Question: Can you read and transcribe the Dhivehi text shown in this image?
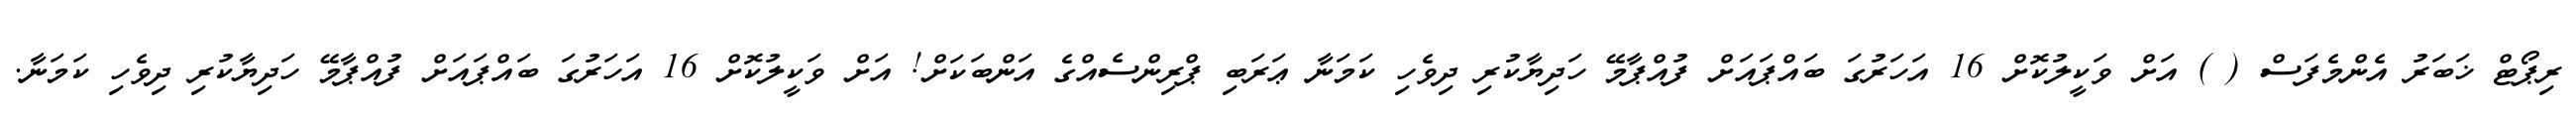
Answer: ރިޕޯޓް ޚަބަރު އެންމެފަސް ( ) އަށް ވަކީލުކޮށް 16 އަހަރުގަ ބައްޕައަށް ފުއްޕާމޭ ހަދިޔާކުރި ދިވެހި ކަމަނާ ޢަރަބި ޕްރިންސެއްގެ އަންބަކަށް! އަށް ވަކީލުކޮށް 16 އަހަރުގަ ބައްޕައަށް ފުއްޕާމޭ ހަދިޔާކުރި ދިވެހި ކަމަނާ.